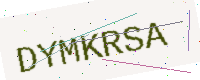
Text: DYMKRSA